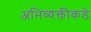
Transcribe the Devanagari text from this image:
अभिव्यक्तीकडे